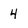
Character: 4